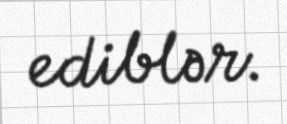
ediblər.